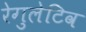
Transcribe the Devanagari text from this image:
रेगुलेटिव